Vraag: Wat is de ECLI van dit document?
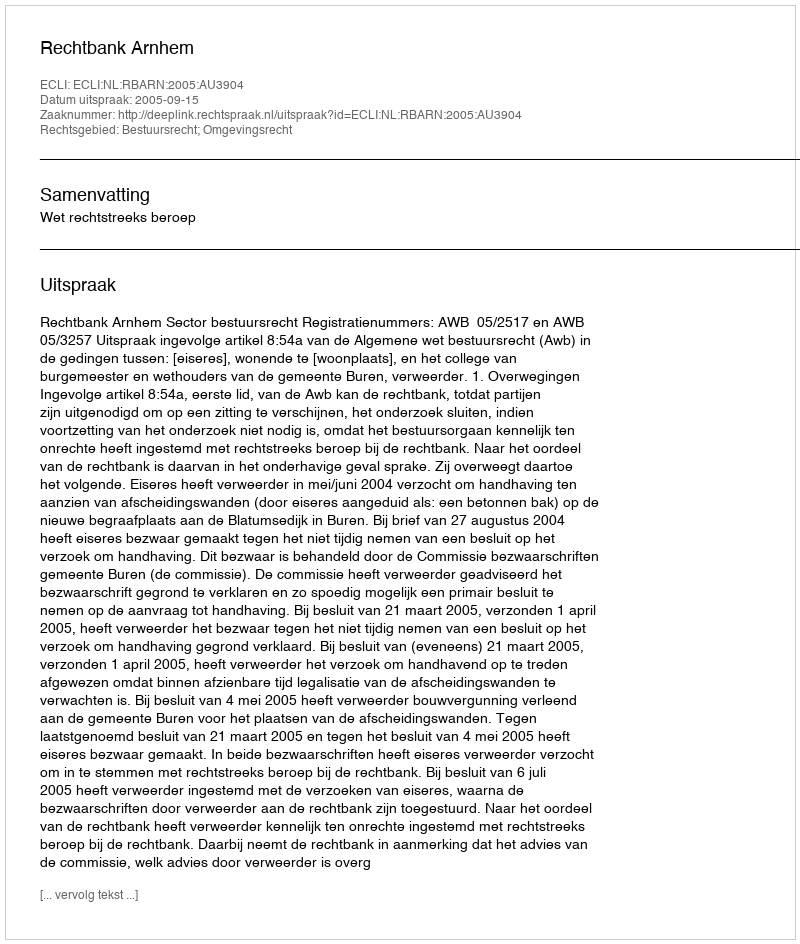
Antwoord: ECLI:NL:RBARN:2005:AU3904